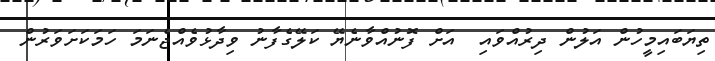
ތިޔަބައިމީހުން އަލުން ދިރުއްވައި  އަށް ފޮނުއްވާނެޔޭ ކަލޭގެފާނު ވިދާޅުވެއްޖެނަމަ ހަމަކަށަވަރުން